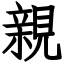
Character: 親